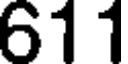
611